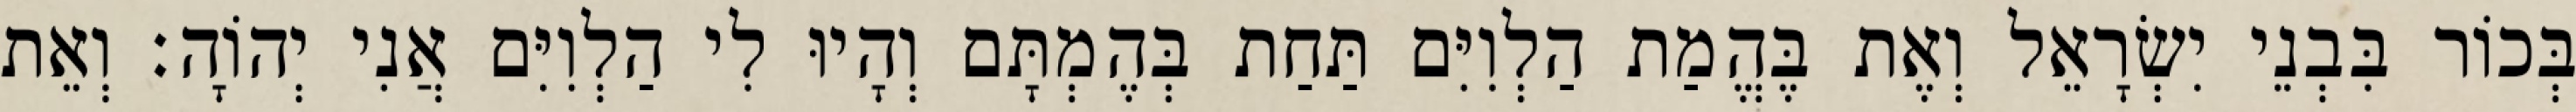
בְּכוֹר בִּבְנֵי יִשְׂרָאֵל וְאֶת בֶּהֱמַת הַלְוִיִּם תַּחַת בְּהֶמְתָּם וְהָיוּ לִי הַלְוִיִּם אֲנִי יְהוָֹה׃ וְאֵת